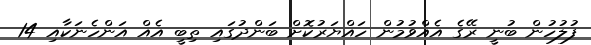
ފުލުހުން ބުނީ ރޭގެ އެއްވުމުން ހައްޔަރުކޮށް ބަންދުގައި ތިބީ އެއް އަންހެނަކާއި 14